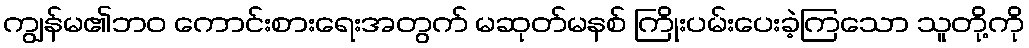
ကျွန်မ၏ဘဝ ကောင်းစားရေးအတွက် မဆုတ်မနစ် ကြိုးပမ်းပေးခဲ့ကြသော သူတို့ကို